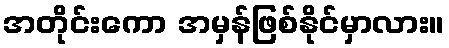
အတိုင်းကော အမှန်ဖြစ်နိုင်မှာလား။